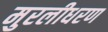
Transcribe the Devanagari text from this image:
मुरलीधरण